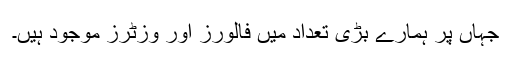
جہاں پر ہمارے بڑی تعداد میں فالورز اور وزٹرز موجود ہیں۔